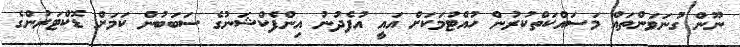
ނޫން ގުނަވަންތައް މަސައްކަތްކުރުން ހުއްޓުމަކަށް އައީ އުފެދުނު އިންފެކްޝަނުގެ ސަބަބުން ކަމަށް ޑޮކްޓަރުންގެ